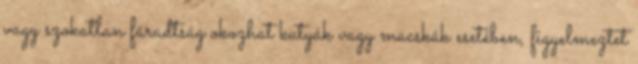
vagy szokatlan fáradtság okozhat kutyák vagy macskák esetében, figyelmeztet